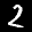
Label: 2